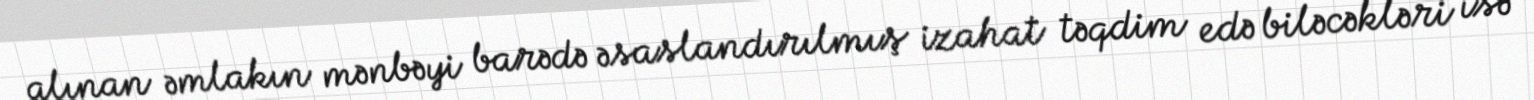
alınan əmlakın mənbəyi barədə əsaslandırılmış izahat təqdim edə biləcəkləri isə